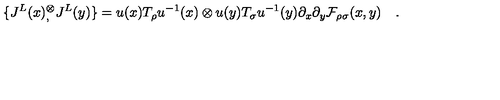
\{ J ^ { L } ( x ) { } _ { , } ^ { \otimes } J ^ { L } ( y ) \} = u ( x ) T _ { \rho } u ^ { - 1 } ( x ) \otimes u ( y ) T _ { \sigma } u ^ { - 1 } ( y ) \partial _ { x } \partial _ { y } { \cal F } _ { \rho \sigma } ( x , y ) \quad .